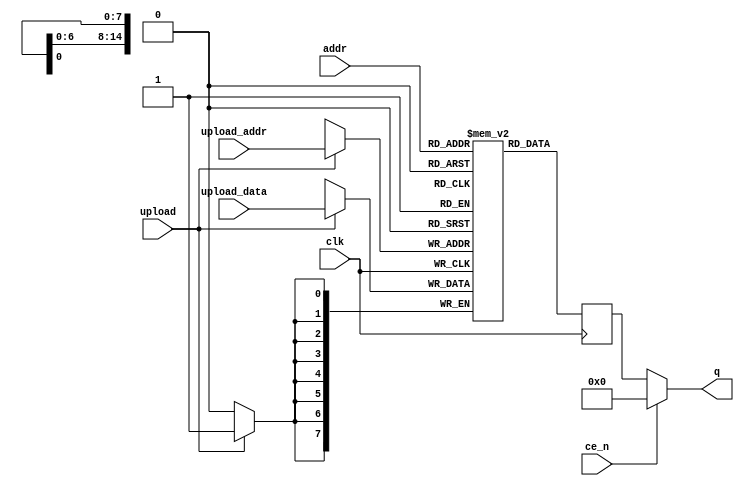

module cart32  (
  input clk,
  input ce_n,
  input [14:0] addr,
  output [7:0] q,

  input upload,
  input [7:0] upload_data,
  input [14:0] upload_addr
);

reg [7:0] data;
reg [7:0] mem[32767:0];


assign q = ~ce_n ? data : 0;

always @(posedge clk)
  data <= mem[addr];
  
always @(posedge clk)
  if (upload) mem[upload_addr] <= upload_data;
endmodule